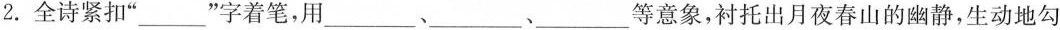
2.全诗紧扣“___”字着笔，用___、___、___等意象，衬托出月夜春山的幽静，生动地勾